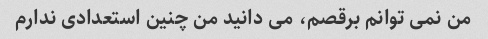
من نمی توانم برقصم، می دانید من چنین استعدادی ندارم